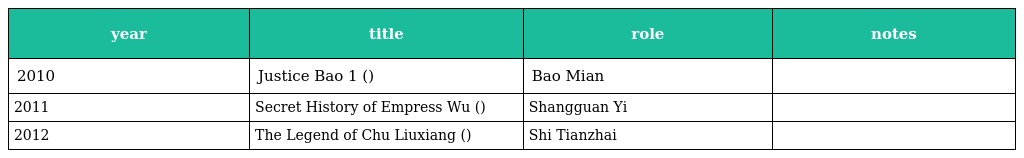
| year | title | role | notes |
 | --- | --- | --- | --- |
 | 2010 | Justice Bao 1 (包青天之七俠五義) | Bao Mian |  |
 | 2011 | Secret History of Empress Wu (武則天秘史) | Shangguan Yi |  |
 | 2012 | The Legend of Chu Liuxiang (楚留香新傳) | Shi Tianzhai |  |